Scientific memoirs by medical officers of the Army of India - Part XI,
Year: 1898
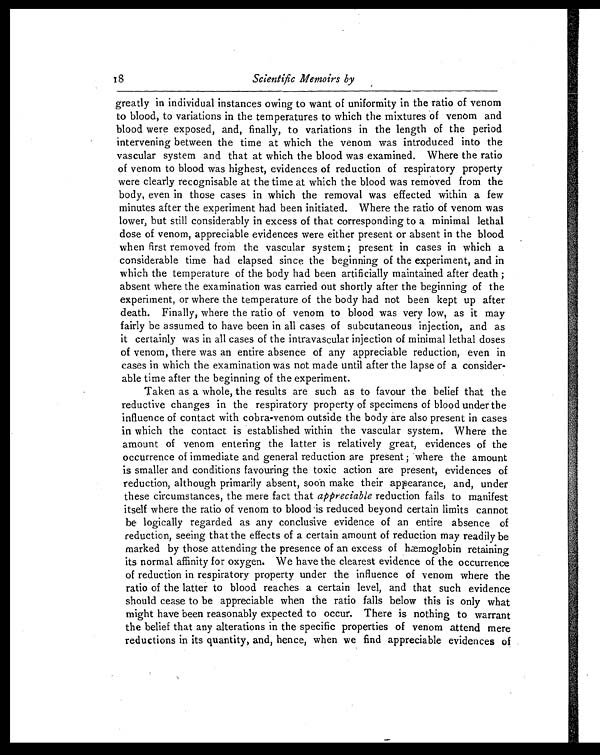
greatly in individual instances owing to want of uniformity in the ratio of venom
to blood, to variations in the temperatures to which the mixtures of venom and
blood were exposed, and, finally, to variations in the length of the period
intervening between the time at which the venom was introduced into the
vascular system and that at which the blood was examined. Where the ratio
of venom to blood was highest, evidences of reduction of respiratory property
were clearly recognisable at the time at which the blood was removed from the
body, even in those cases in which the removal was effected within a few
minutes after the experiment had been initiated. Where the ratio of venom was
lower, but still considerably in excess of that corresponding to a minimal lethal
dose of venom, appreciable evidences were either present or absent in the blood
when first removed from the vascular system; present in cases in which a
considerable time had elapsed since the beginning of the experiment, and in
which the temperature of the body had been artificially maintained after death;
absent where the examination was carried out shortly after the beginning of the
experiment, or where the temperature of the body had not been kept up after
death. Finally, where the ratio of venom to blood was very low, as it may
fairly be assumed to have been in all cases of subcutaneous injection, and as
it certainly was in all cases of the intravascular injection of minimal lethal doses
of venom, there was an entire absence of any appreciable reduction, even in
cases in which the examination was not made until after the lapse of a consider-
able time after the beginning of the experiment.
Taken as a whole, the results are such as to favour the belief that the
reductive changes in the respiratory property of specimens of blood under the
influence of contact with cobra-venom outside the body are also present in cases
in which the contact is established within the vascular system. Where the
amount of venom entering the latter is relatively great, evidences of the
occurrence of immediate and general reduction are present; where the amount
is smaller and conditions favouring the toxic action are present, evidences of
reduction, although primarily absent, soon make their appearance, and, under
these circumstances, the mere fact that appreciable reduction fails to manifest
itself where the ratio of venom to blood is reduced beyond certain limits cannot
be logically regarded as any conclusive evidence of an entire absence of
reduction, seeing that the effects of a certain amount of reduction may readily be
marked by those attending the presence of an excess of hæmoglobin retaining
its normal affinity for oxygen. We have the clearest evidence of the occurrence
of reduction in respiratory property under the influence of venom where the
ratio of the latter to blood reaches a certain level, and that such evidence
should cease to be appreciable when the ratio falls below this is only what
might have been reasonably expected to occur. There is nothing to warrant
the belief that any alterations in the specific properties of venom attend mere
reductions in its quantity, and, hence, when we find appreciable evidences of